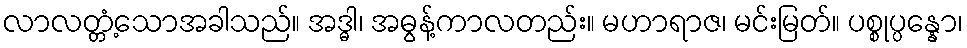
လာလတ္တံ့သောအခါသည်။ အဒ္ဓါ၊ အဓွန့်ကာလတည်း။ မဟာရာဇ၊ မင်းမြတ်။ ပစ္စုပ္ပန္နော၊